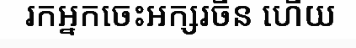
រកអ្នកចេះអក្សរចិន ហើយ